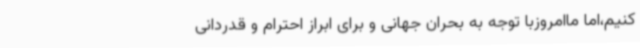
کنیم،‌اما ماامروزبا توجه به بحران جهانی و برای ابراز احترام و قدردانی